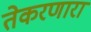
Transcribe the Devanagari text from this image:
तेकरणारा